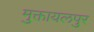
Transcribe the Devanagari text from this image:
मुक्तायलपुर